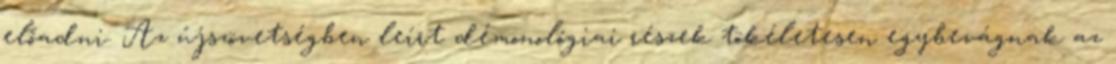
előadni. Az újszövetségben leírt démonológiai részek tökéletesen egybevágnak az